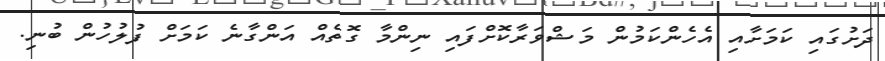
ދަށުގައި ކަމަށާއި އެހެންކަމުން މަޝްވަރާކޮށްފައި ނިންމާ ގޮތެއް އަންގާނެ ކަމަށް ފުލުހުން ބުނި.